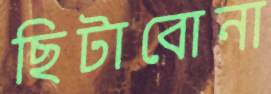
ছিটাবোনা